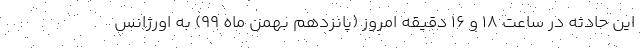
این حادثه در ساعت ۱۸ و ۱۶ دقیقه امروز (پانزدهم بهمن ماه ۹۹) به اورژانس